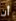
أن